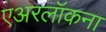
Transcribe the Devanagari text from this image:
एअरलॉकना